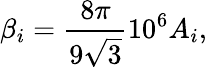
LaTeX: \beta_{i}=\frac{8\pi}{9\sqrt{3}}10^{6}A_{i},